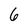
Character: 6